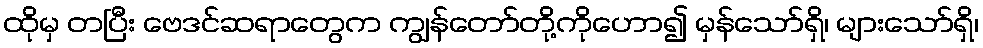
ထိုမှ တပြီး ဗေဒင်ဆရာတွေက ကျွန်တော်တို့ကိုဟော၍ မှန်သော်ရှိ၊ များသော်ရှိ၊